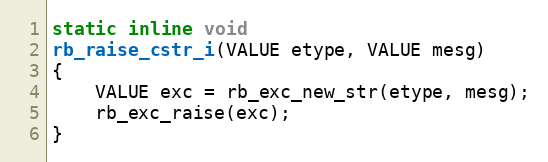
Language: C
static inline void
rb_raise_cstr_i(VALUE etype, VALUE mesg)
{
    VALUE exc = rb_exc_new_str(etype, mesg);
    rb_exc_raise(exc);
}